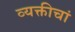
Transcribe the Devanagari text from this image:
व्यक्तीचां